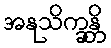
အနုသိက္ခန္တိ